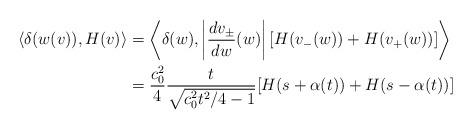
LaTeX: \begin{align*} \left\langle \delta(w(v)), H(v)\right\rangle &= \left\langle \delta(w), \left| \frac{dv_\pm}{dw}(w)\right|[H(v_-(w)) + H(v_+(w))] \right\rangle \\ &= \frac{c_0^2}{4} \frac{t}{\sqrt{c_0^2t^2/4 - 1}}[H(s+\alpha(t))+H(s-\alpha(t))] \end{align*}